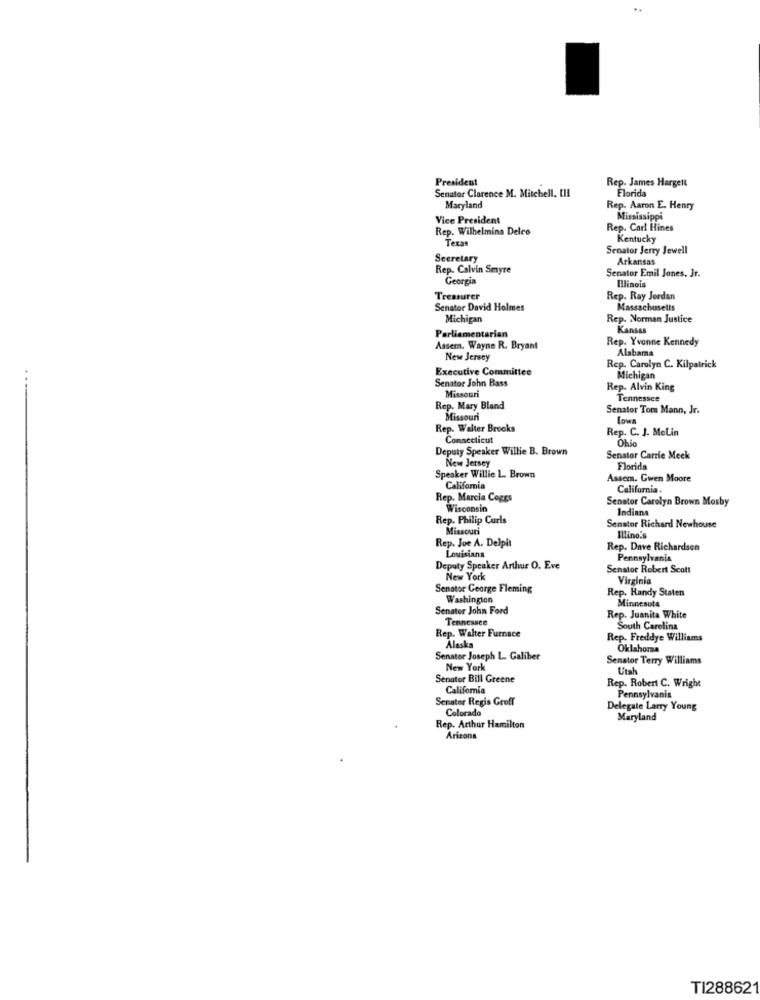
President
Rep. James Hargett
Senator Clarence M. Mitchell. [II
Florida
Maryland
Rep. Aaron E. Henry
Vice President
Mississippi
Rep. Wilhelmina Delco
Rep. Carl Hines
Texas
Kentucky
Senator Jerry Jewell
Secretary
Arkansas
Rep. Calvin Smyre
Georgia
Senator Emil Jones, Jr.
Illinois
Treasurer
Rep. Ray Jordan
Senator David Holmes
Massachusetts
Michigan
Rep. Norman Justice
Parliamentarian
Kansas
Rep. Yvonne Kennedy
Assem. Wayne R. Bryant
Alabama
New Jersey
Executive Committee
Rep. Carolyn C. Kilpatrick
Senator John Bass
Michigan
Rep. Alvin King
Missouri
Tennessee
Rep. Mary Bland
Senator Tom Mann, Jr.
Missouri
Lowa
Rep. Walter Brooks
Rep. C. J. MeLin
Connecticut
Ohio
Deputy Speaker Willie B. Brown
New Jersey
Senator Carrie Meek
Florida
Speaker Willie L. Brown
Assem. Gwen Moore
California
California.
Rep. Marcia Coges
Senator Carolyn Brown Mosby
Wisconsin
Indiana
Rep. Philip Curls
Senator Richard Newhouse
Missouri
Rep. Joe A. Delpit
Illino's
Rep. Dave Richardson
Louisiana
Pennsylvania
Deputy Speaker Arthur O. Eve
Senator Robert Scott
New York
Virginia
Senator George Fleming
Rep. Randy Staten
Washington
Minnesota
Senator John Ford
Tennessee
Rep. Juanita White
Rep. Walter Furnace
South Carolina
Alaska
Rep. Freddye Williams
Oklahoma
Senator Joseph L. Galiber
Senator Terry Williams
New York
Utah
Senator Bill Greene
Rep. Robert C. Wright
California
Senator Regis Groff
Pennsylvania
Colorado
Delegale Larry Young
Maryland
Rep. Arthur Hamilton
Arizona
TI288621